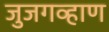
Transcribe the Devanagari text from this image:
जुजगव्हाण